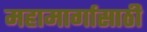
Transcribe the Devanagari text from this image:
महामार्गासाठी